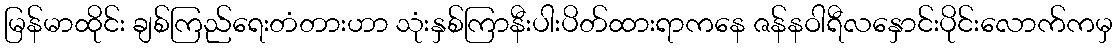
မြန်မာထိုင်း ချစ်ကြည်ရေးတံတားဟာ သုံးနှစ်ကြာနီးပါးပိတ်ထားရာကနေ ဇန်နဝါရီလနှောင်းပိုင်းလောက်ကမှ